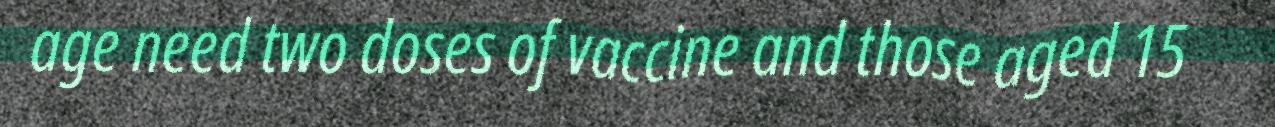
age need two doses of vaccine and those aged 15